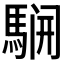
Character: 𲉈